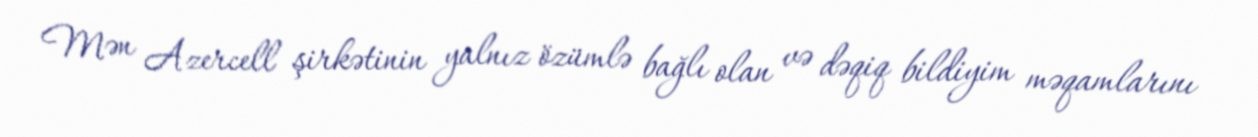
Mən Azercell şirkətinin yalnız özümlə bağlı olan və dəqiq bildiyim məqamlarını